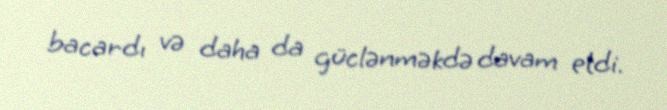
bacardı və daha da güclənməkdə davam etdi.